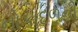
નોકાદળની